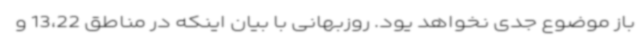
باز موضوع جدی نخواهد یود. روزبهانی با بیان اینکه در مناطق 13،22 و